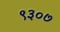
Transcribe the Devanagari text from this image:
९३०७